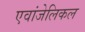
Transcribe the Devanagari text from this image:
एवांजेलिकल